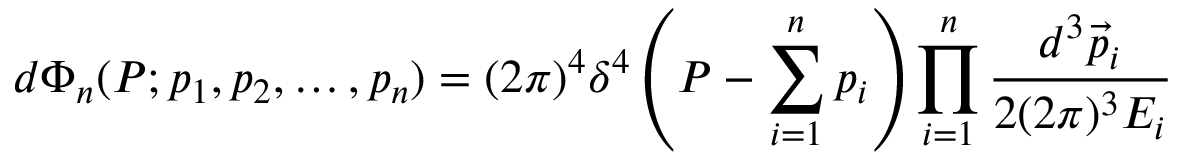
d \Phi _ { n } ( P ; p _ { 1 } , p _ { 2 } , \dots , p _ { n } ) = ( 2 \pi ) ^ { 4 } \delta ^ { 4 } \left( P - \sum _ { i = 1 } ^ { n } p _ { i } \right) \prod _ { i = 1 } ^ { n } { \frac { d ^ { 3 } { \vec { p } } _ { i } } { 2 ( 2 \pi ) ^ { 3 } E _ { i } } }